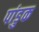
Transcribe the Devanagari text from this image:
पांडुक